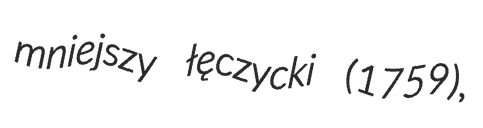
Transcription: mniejszy łęczycki (1759),